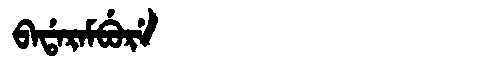
Manchu: ᠪᠠᡩᠠᡵᠠᠮᠪᡠᡵᡝ
Romanization: BADARAMBURE